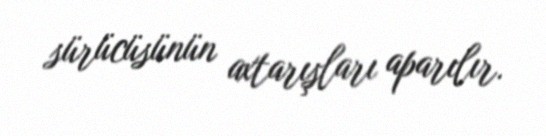
sürücüsünün axtarışları aparılır.